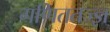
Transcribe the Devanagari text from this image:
गणिततज्ज्ञ